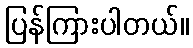
ပြန်ကြားပါတယ်။